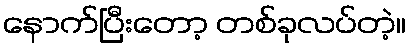
နောက်ပြီးတော့ တစ်ခုလပ်တဲ့။